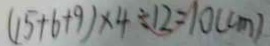
( 1 5 + 6 + 9 ) \times 4 \div 1 2 = 1 0 ( c m )